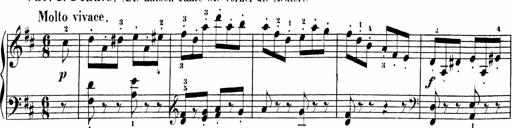
Title: Sonatinas
Composer: Andrew Violette